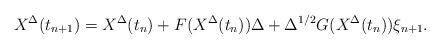
LaTeX: \begin{align*}X^\Delta(t_{n+1}) = X^\Delta(t_{n}) + F(X^\Delta(t_{n}) ) \Delta + \Delta^{1/2} G(X^\Delta(t_{n}) ) \xi_{n+1}.\end{align*}